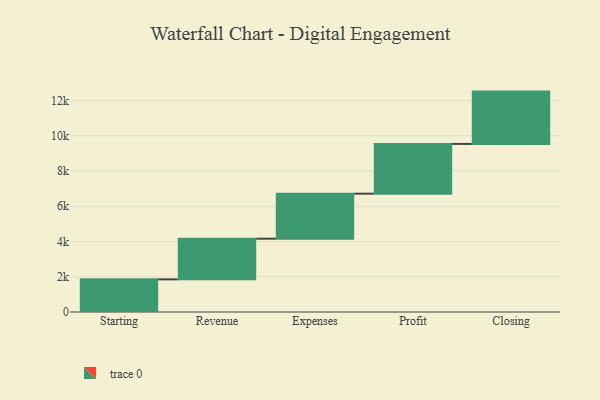
{"axis": {"x": "Step", "y": "Value"}, "legend": [""], "data": [{"x": "Starting", "y": 1852.0, "type": ""}, {"x": "Revenue", "y": 2306.0, "type": ""}, {"x": "Expenses", "y": 2554.0, "type": ""}, {"x": "Profit", "y": 2822.0, "type": ""}, {"x": "Closing", "y": 2968.0, "type": ""}]}